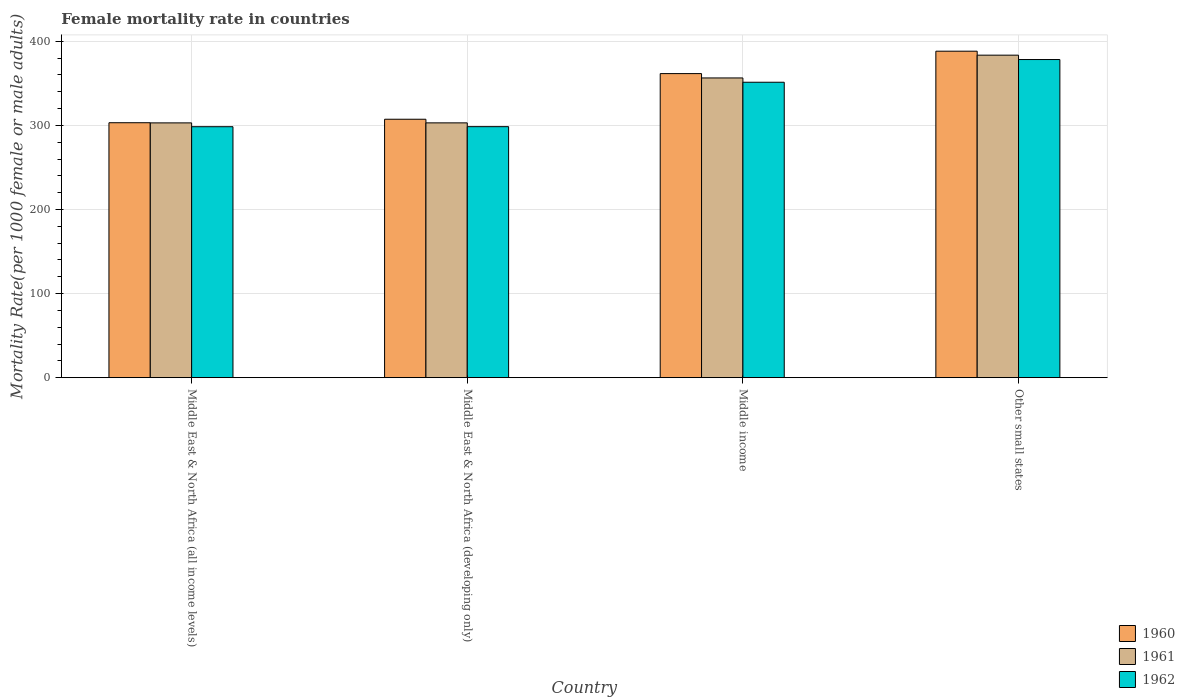
| Country | 1960 | 1961 | 1962 |
 | --- | --- | --- | --- |
 | Middle East & North Africa (all income levels) | 303 | 303 | 298 |
 | Middle East & North Africa (developing only) | 307 | 303 | 298 |
 | Middle income | 362 | 356 | 351 |
 | Other small states | 388 | 383 | 378 |